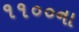
૧૧૦૦ના